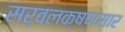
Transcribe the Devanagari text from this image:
सर्वलक्षणसार